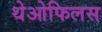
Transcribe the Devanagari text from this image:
थेओफिलस